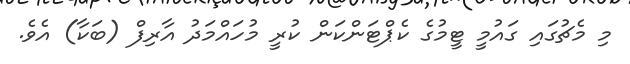
މި މެޗުގައި ގައުމީ ޓީމުގެ ކެޕްޓަންކަން ކުރީ މުހައްމަދު އާރިފް (ބަކާ) އެވެ.